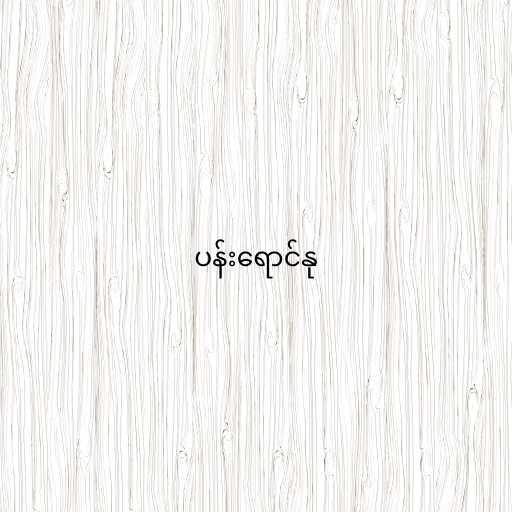
ပန်းရောင်နု